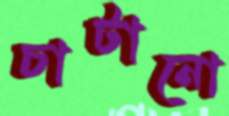
চাটানো